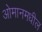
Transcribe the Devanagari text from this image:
ओमानमधील